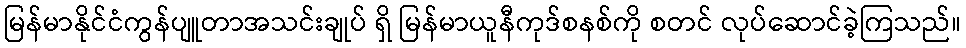
မြန်မာနိုင်ငံကွန်ပျူတာအသင်းချုပ် ရှိ မြန်မာယူနီကုဒ်စနစ်ကို စတင် လုပ်ဆောင်ခဲ့ကြသည်။